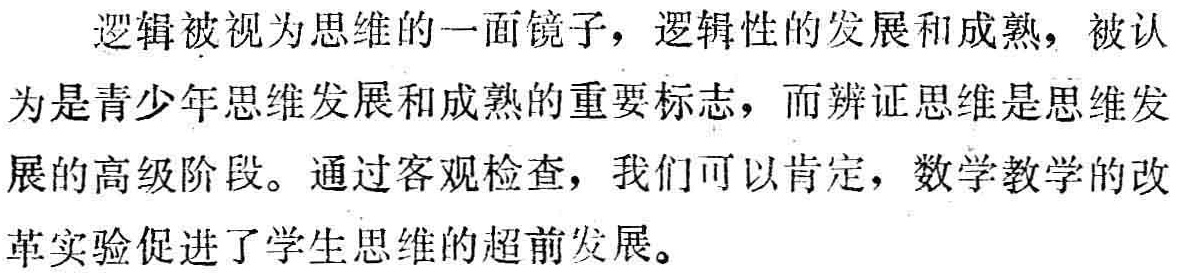
逻辑被视为思维的一面镜子，逻辑性的发展和成熟，被认为是青少年思维发展和成熟的重要标志，而辨证思维是思维发展的高级阶段。通过客观检查，我们可以肯定，数学教学的改革实验促进了学生思维的超前发展。